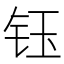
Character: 钰